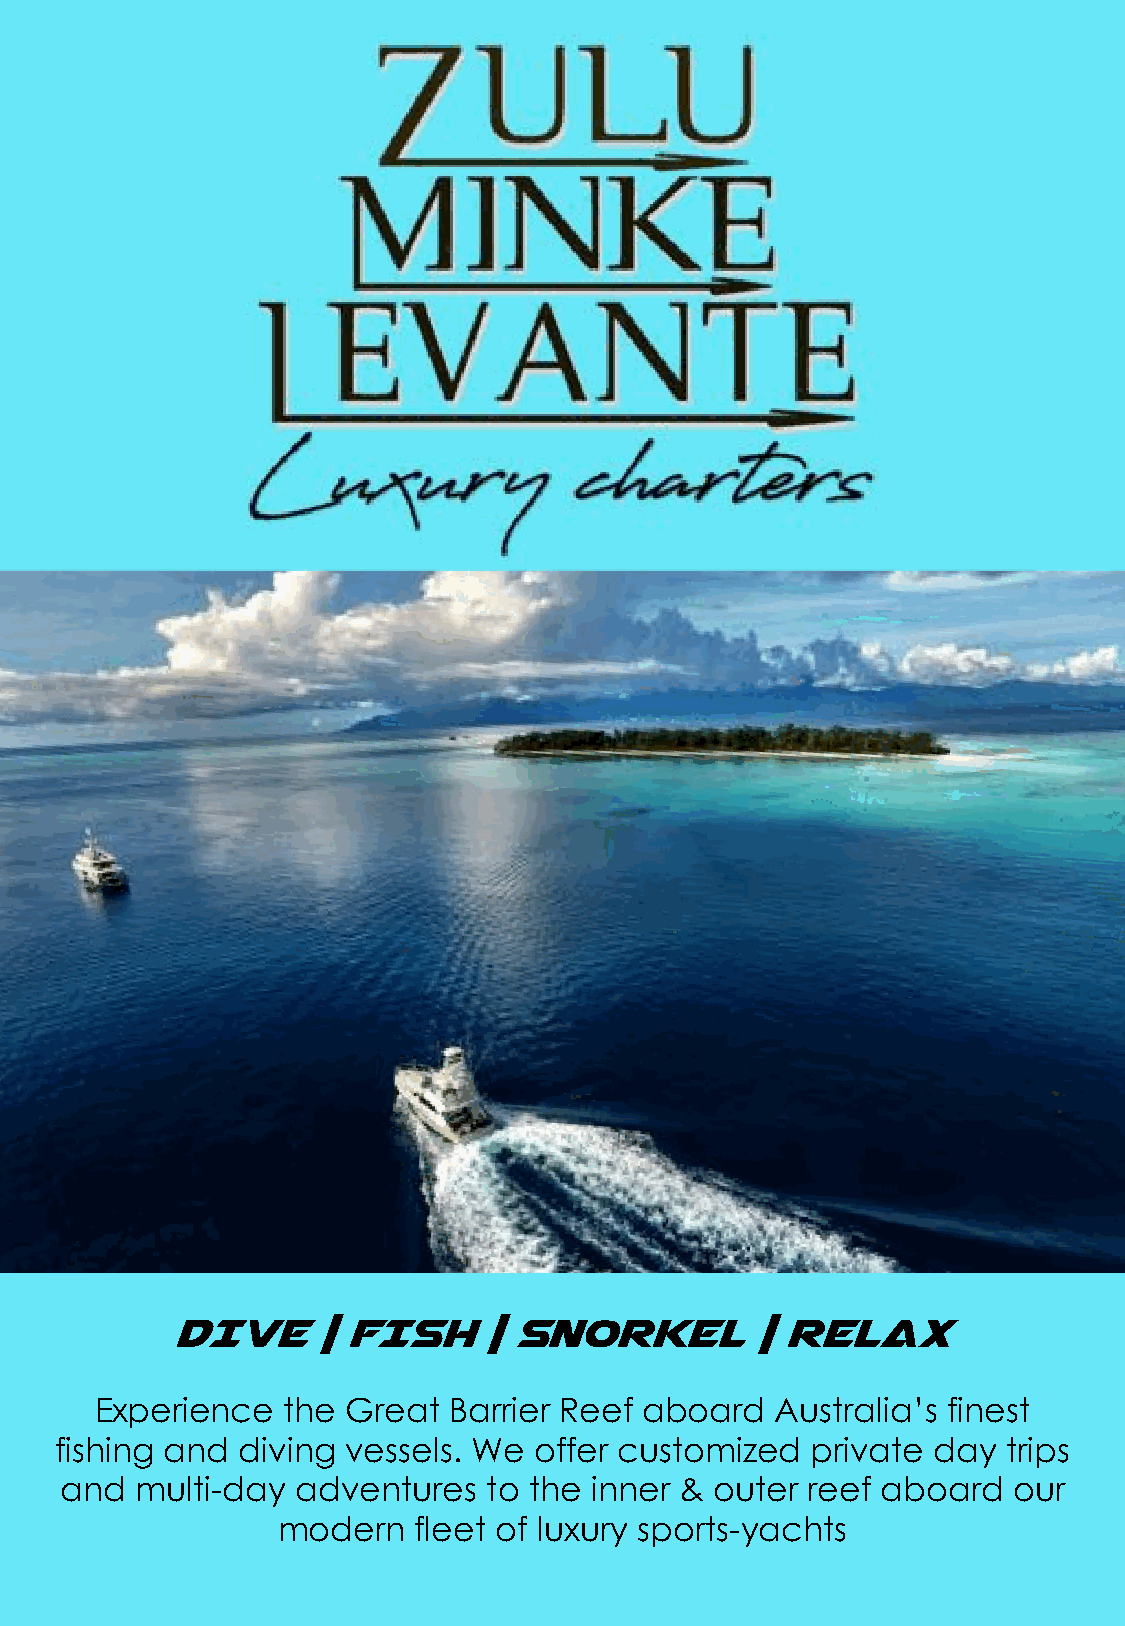
DIVE     | FISH     | SNORKEL         | RELAX
 Experience   the Great  Barrier Reef aboard  Australia’s finest
 fishing and diving vessels. We offer customized   private day  trips
 and  multi-day  adventures  to the inner & outer reef aboard   our
 modern   fleet of luxury sports-yachts